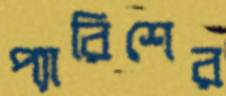
প্যারিশের